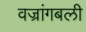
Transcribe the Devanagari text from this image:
वज्रांगबली